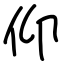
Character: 仰